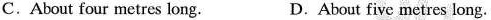
C. About four metres long. D. About five metres long.